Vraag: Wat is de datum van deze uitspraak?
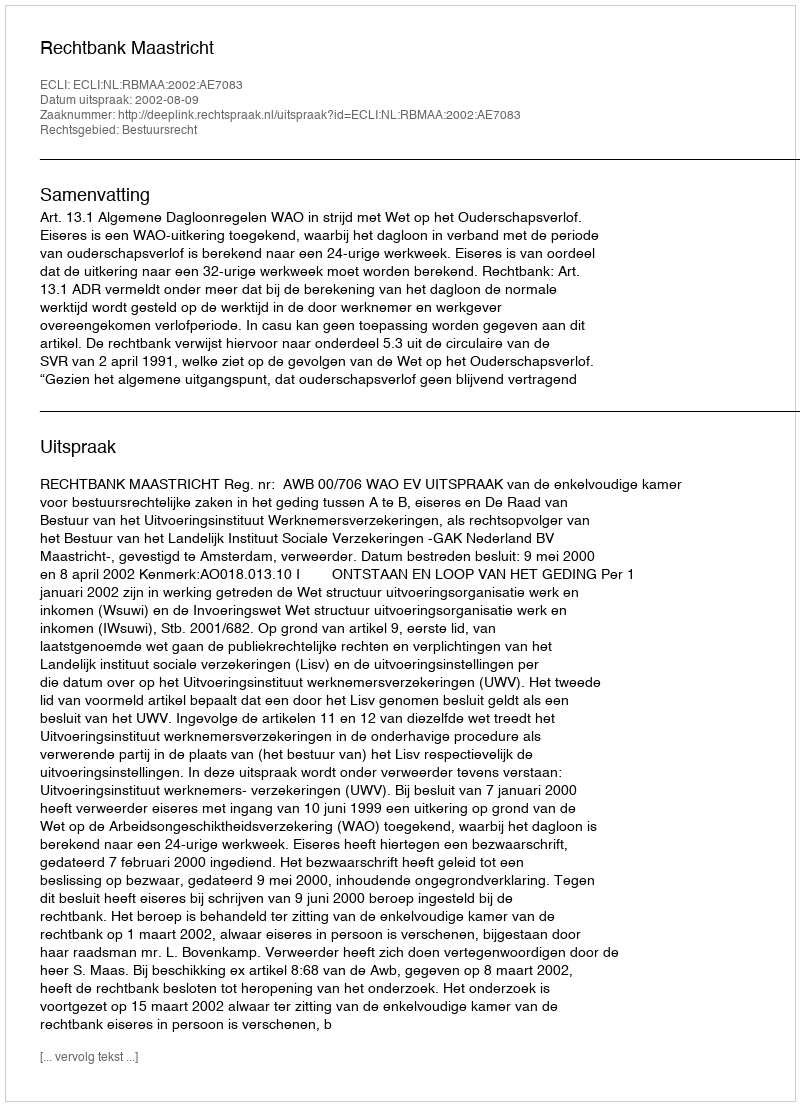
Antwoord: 2002-08-09